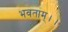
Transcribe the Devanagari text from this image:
भवताम्।।